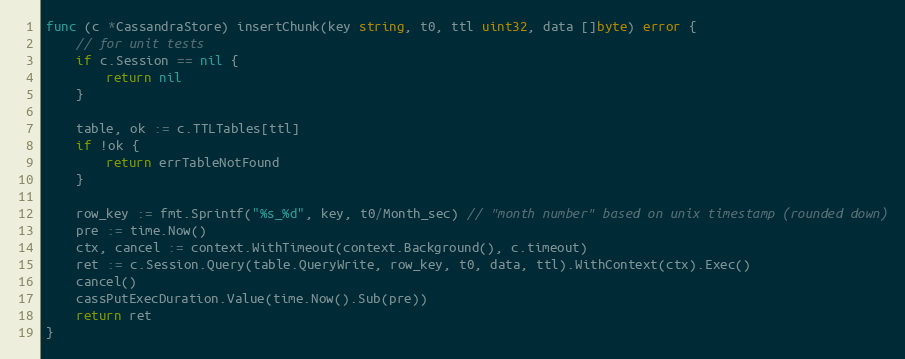
Language: Go
func (c *CassandraStore) insertChunk(key string, t0, ttl uint32, data []byte) error {
	// for unit tests
	if c.Session == nil {
		return nil
	}

	table, ok := c.TTLTables[ttl]
	if !ok {
		return errTableNotFound
	}

	row_key := fmt.Sprintf("%s_%d", key, t0/Month_sec) // "month number" based on unix timestamp (rounded down)
	pre := time.Now()
	ctx, cancel := context.WithTimeout(context.Background(), c.timeout)
	ret := c.Session.Query(table.QueryWrite, row_key, t0, data, ttl).WithContext(ctx).Exec()
	cancel()
	cassPutExecDuration.Value(time.Now().Sub(pre))
	return ret
}